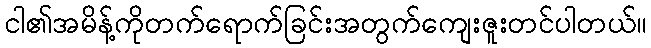
ငါ၏အမိန့်ကိုတက်ရောက်ခြင်းအတွက်ကျေးဇူးတင်ပါတယ်။